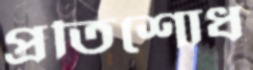
প্রতিশোধ